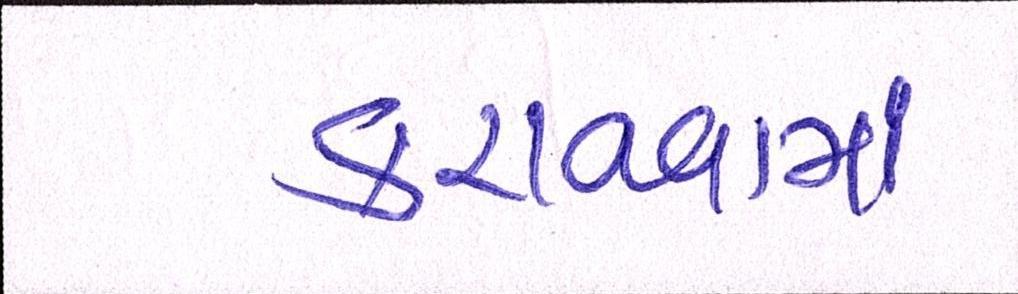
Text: કરાવવામાં